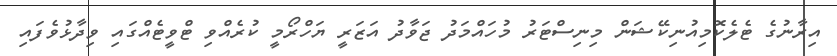
އިރާނުގެ ޓެލެކޮމިއުނިކޭޝަން މިނިސްޓަރު މުހައްމަދު ޖަވާދު އަޒަރީ ޔަހްރޯމީ ކުރެއްވި ޓްވީޓެއްގައި ވިދާޅުވެފައި